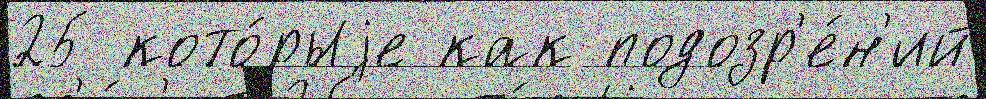
25 кото́рыjе как подозр'е́н'ий